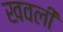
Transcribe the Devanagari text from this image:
खवली